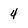
Character: 4